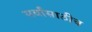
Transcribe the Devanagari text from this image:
सर्वांसाठीच